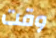
وقت